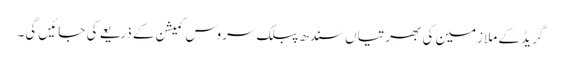
گریڈ کے ملازمین کی بھرتیاں سندھ پبلک سروس کمیشن کے ذریعے کی جائیں گی۔